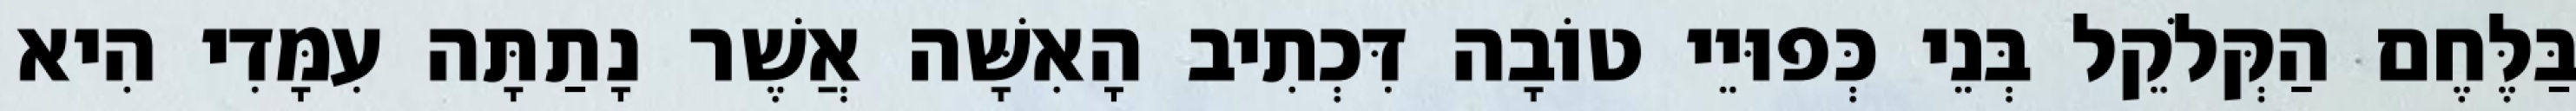
בַּלֶּחֶם הַקְּלֹקֵל בְּנֵי כְּפוּיֵי טוֹבָה דִּכְתִיב הָאִשָּׁה אֲשֶׁר נָתַתָּה עִמָּדִי הִיא